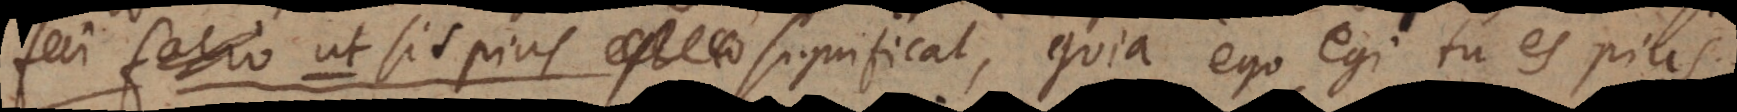
facio u t sis pius significat, quia ego egi tu es pius.